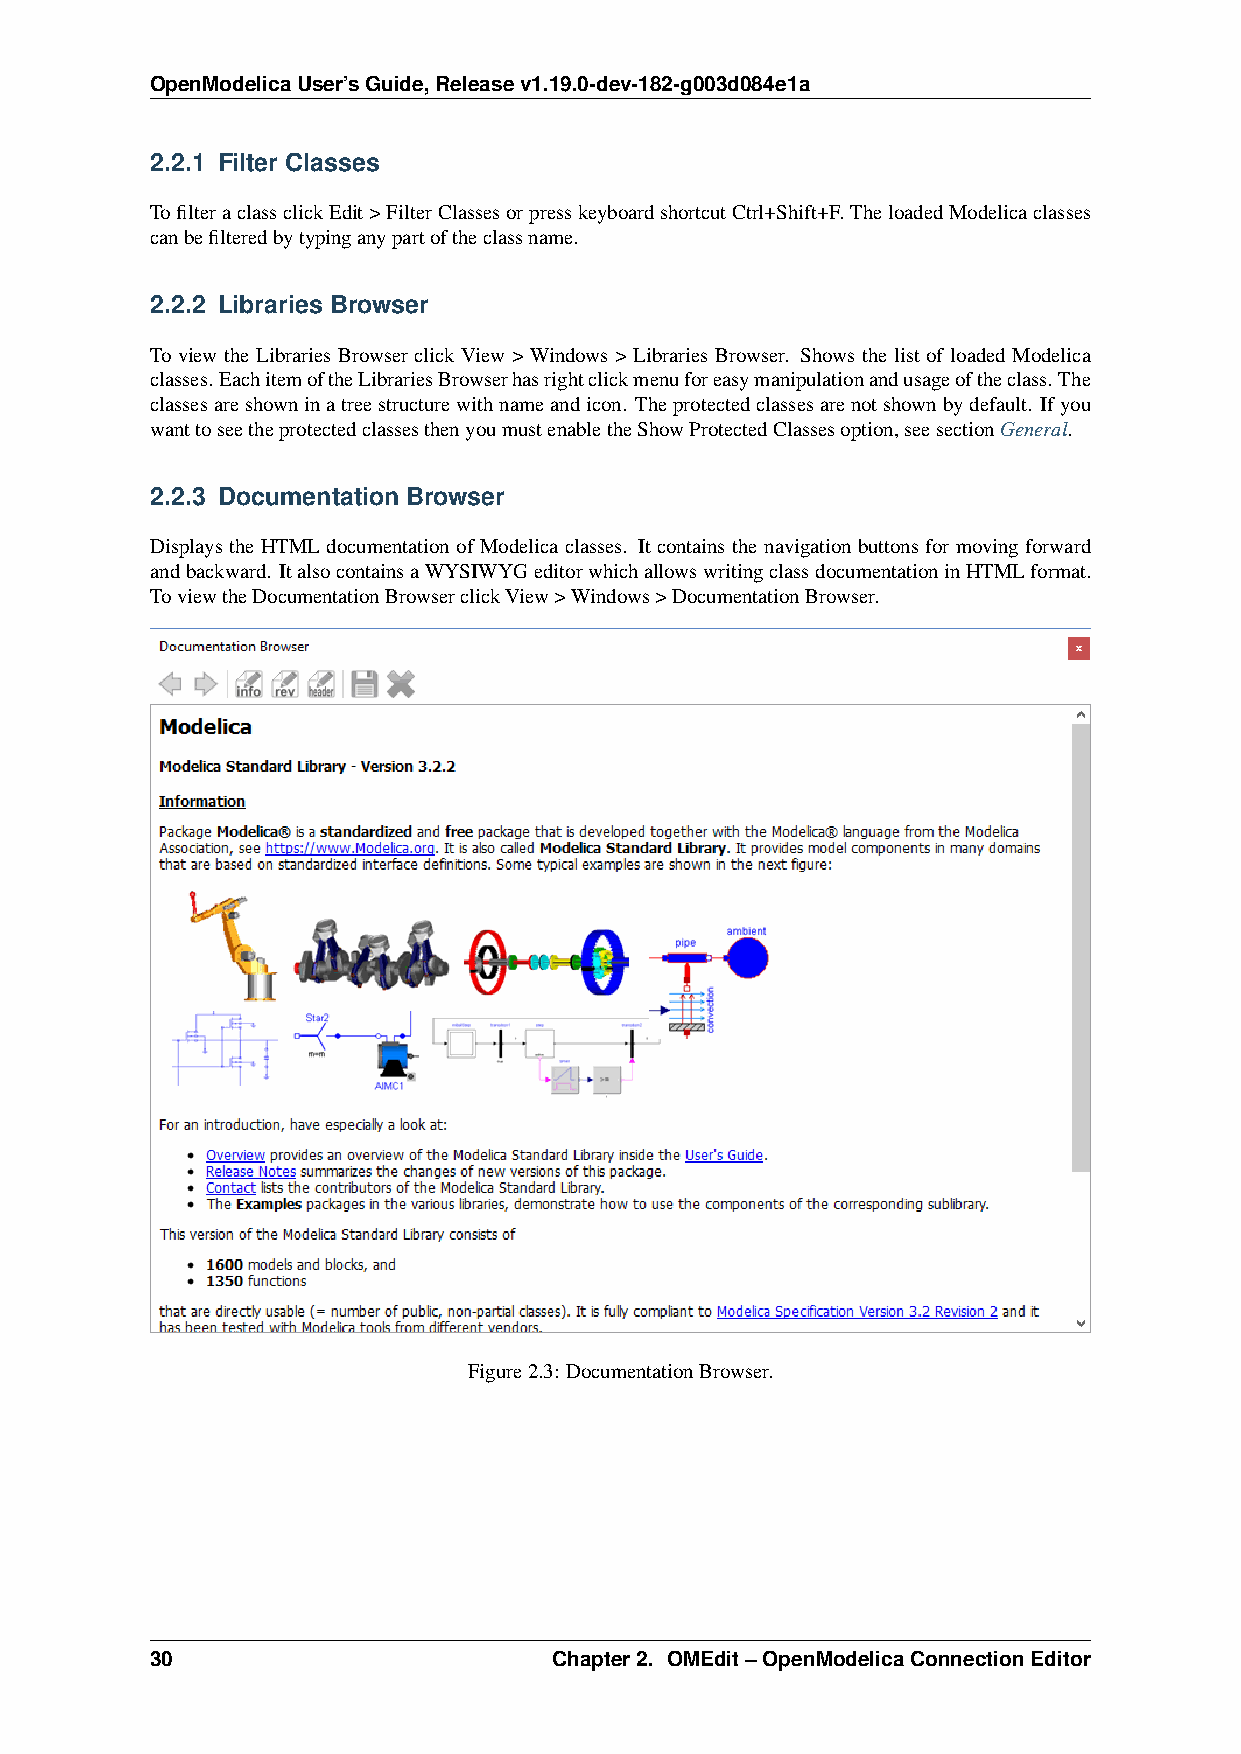
OpenModelicaUser’sGuide,Releasev1.19.0-dev-182-g003d084e1a
 2.2.1 Filter Classes
 TofilteraclassclickEdit>FilterClassesorpresskeyboardshortcutCtrl+Shift+F.TheloadedModelicaclasses
 canbefilteredbytypinganypartoftheclassname.
 2.2.2 Libraries Browser
 To view the Libraries Browser click View > Windows > Libraries Browser. Shows the list of loaded Modelica
 classes.EachitemoftheLibrariesBrowserhasrightclickmenuforeasymanipulationandusageoftheclass.The
 classesareshowninatreestructurewithnameandicon. Theprotectedclassesarenotshownbydefault. Ifyou
 wanttoseetheprotectedclassesthenyoumustenabletheShowProtectedClassesoption,seesectionGeneral.
 2.2.3 Documentation Browser
 Displays the HTML documentation of Modelica classes. It contains the navigation buttons for moving forward
 andbackward. ItalsocontainsaWYSIWYGeditorwhichallowswritingclassdocumentationinHTMLformat.
 ToviewtheDocumentationBrowserclickView>Windows>DocumentationBrowser.
 Figure2.3: DocumentationBrowser.
 30                         Chapter2. OMEdit–OpenModelicaConnectionEditor